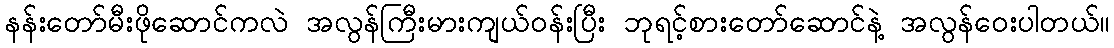
နန်းတော်မီးဖိုဆောင်ကလဲ အလွန်ကြီးမားကျယ်ဝန်းပြီး ဘုရင့်စားတော်ဆောင်နဲ့ အလွန်ဝေးပါတယ်။